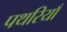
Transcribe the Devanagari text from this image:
पथरियाँ